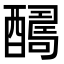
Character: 𨣊